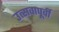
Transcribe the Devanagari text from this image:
उत्सवापूर्वी